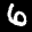
Label: 6